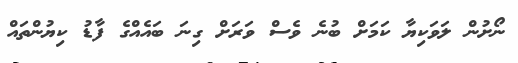
ނޯށުން ލަވަކިޔާ ކަމަށް ބުނެ ވެސް ވަރަށް ގިނަ ބައެއްގެ ފާޑު ކިޔުންތައް